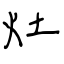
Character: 灶